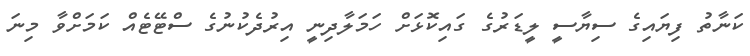
ކަނާތު ފިޔައިގެ ސިޔާސީ ލީޑަރުގެ ގައިކޮޅަށް ހަމަލާދިނީ އިރުދެކުނުގެ ސްޓޭޓެއް ކަމަށްވާ މިނަ